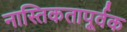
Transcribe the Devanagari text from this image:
नास्तिकतापूर्वक